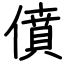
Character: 僨